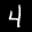
Label: 4